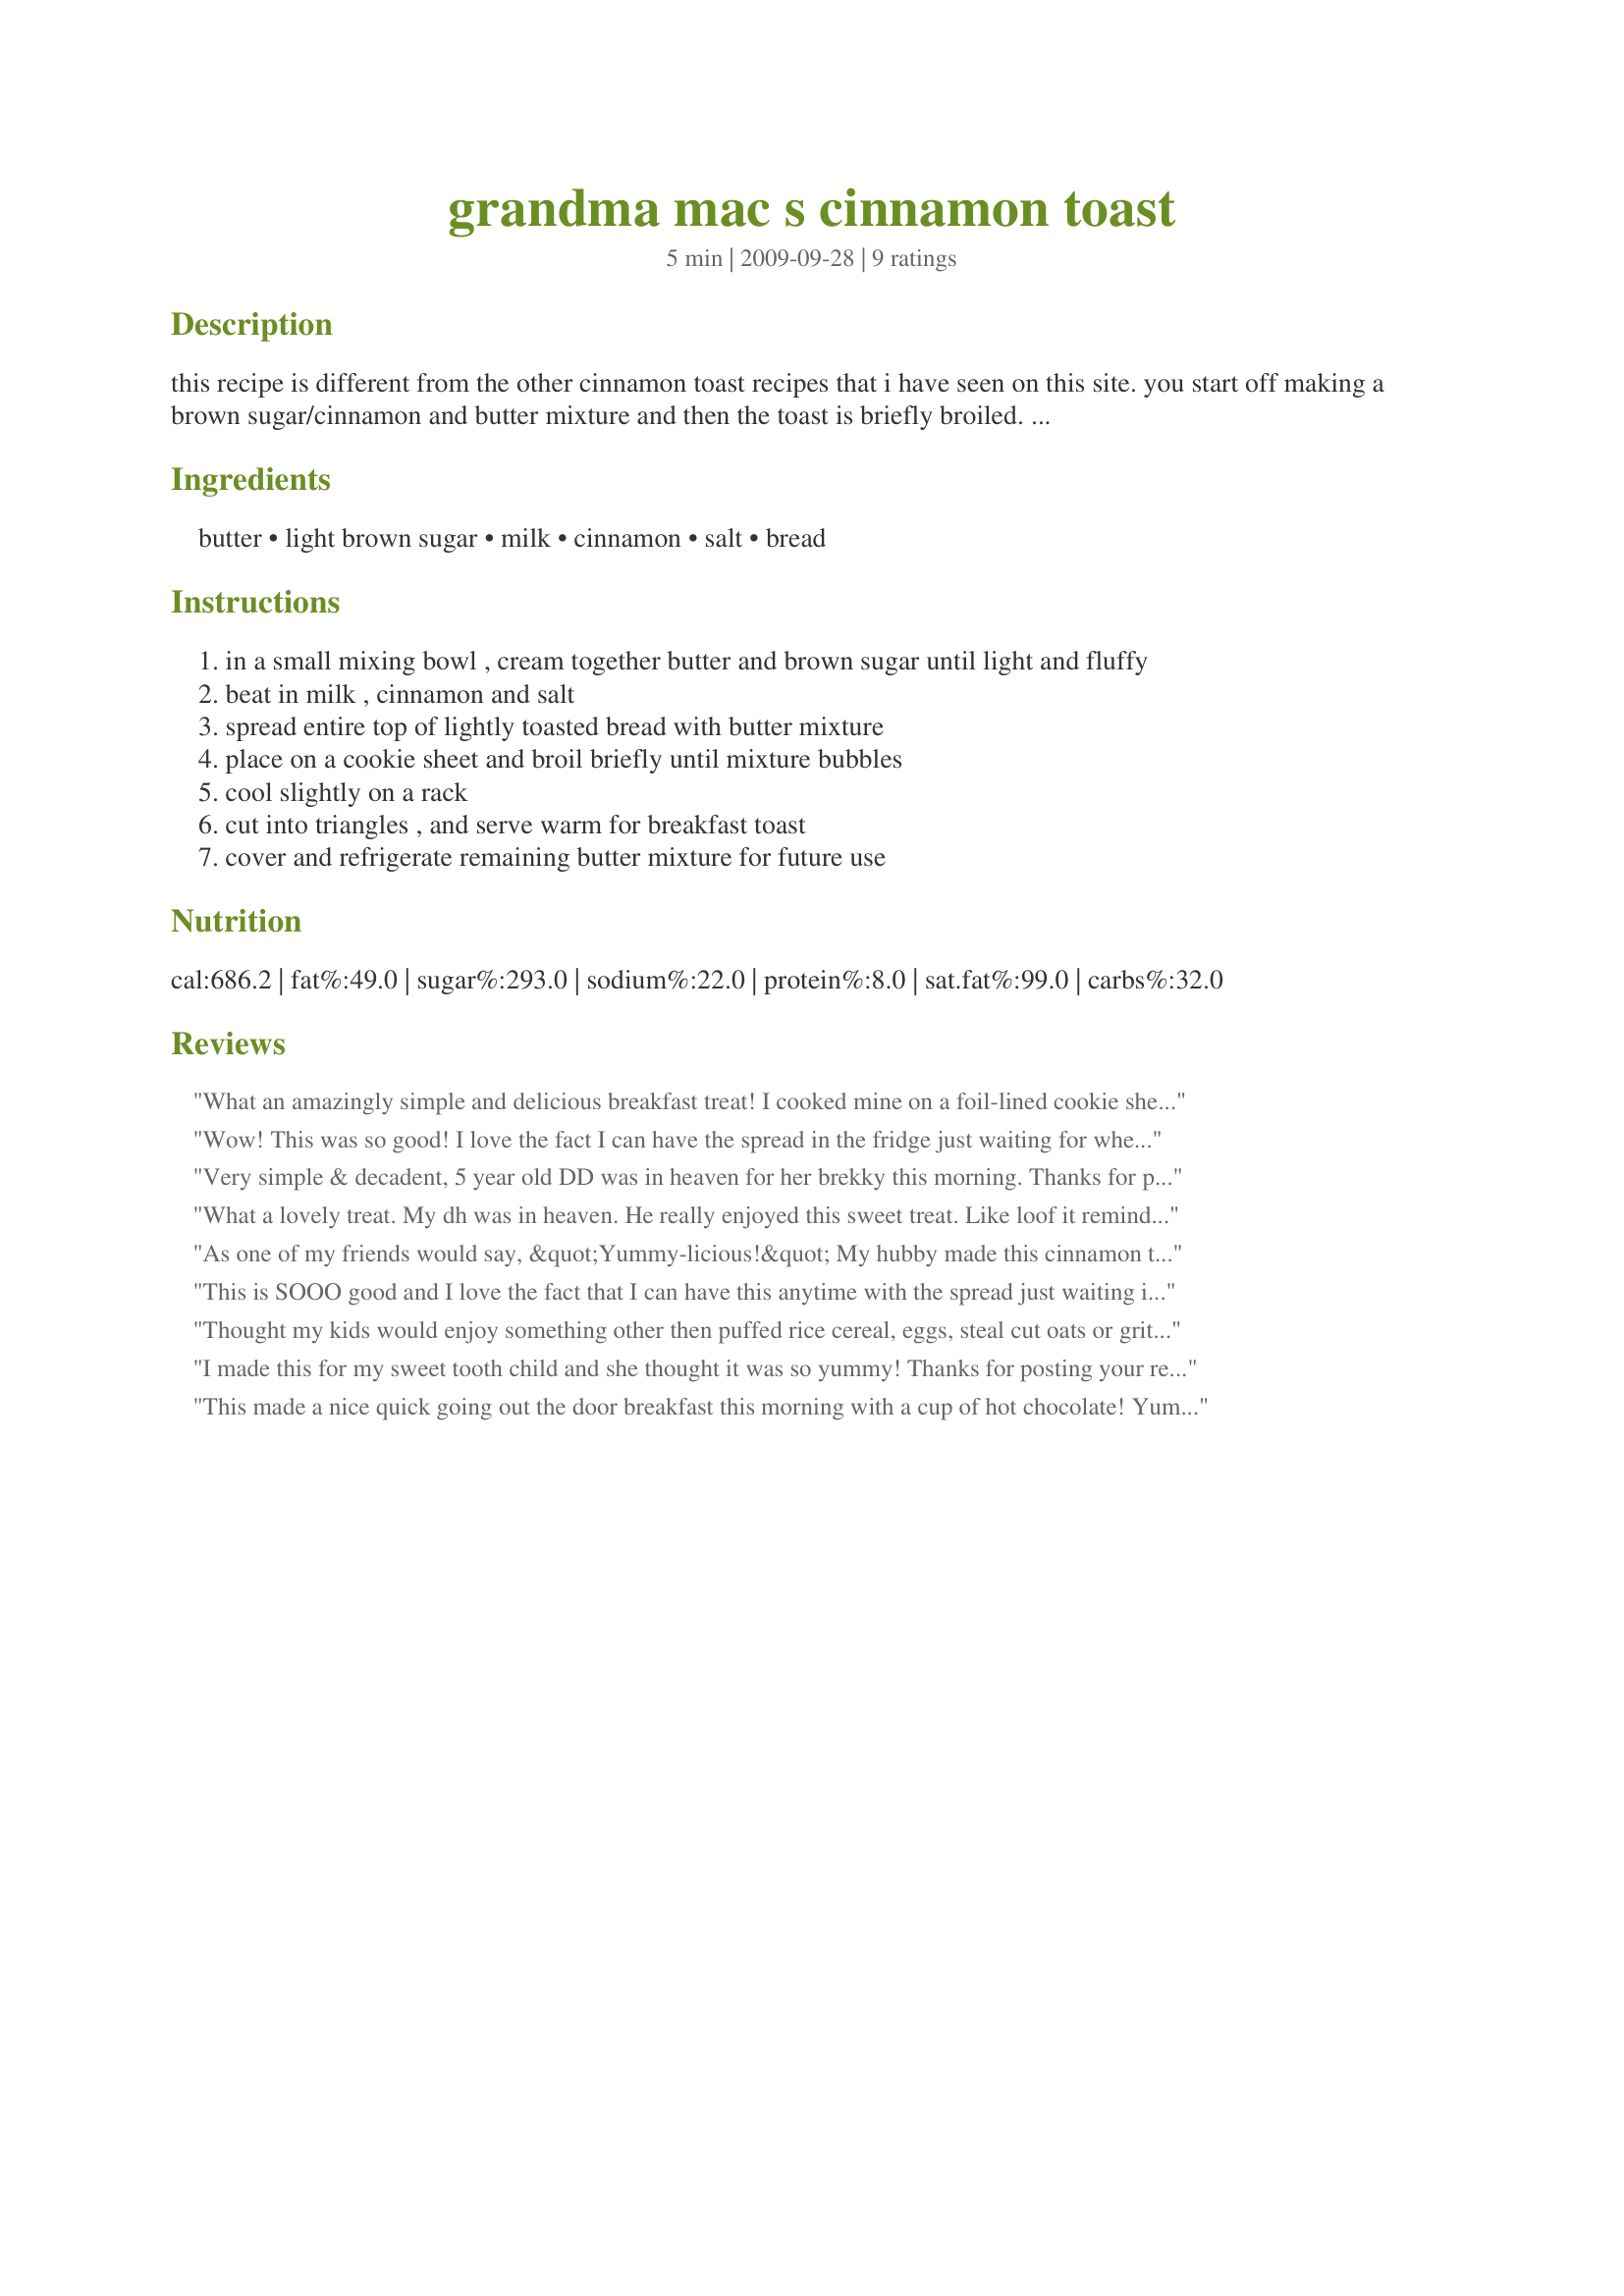
grandma mac s cinnamon toast
Preparation time: 5 minutes

this recipe is different from the other cinnamon toast recipes that i have seen on this site. you start off making a brown sugar/cinnamon and butter mixture and then the toast is briefly broiled. from the best of the best from ohio cookbook.

Ingredients:
butter, light brown sugar, milk, cinnamon, salt, bread

Steps:
in a small mixing bowl , cream together butter and brown sugar until light and fluffy
beat in milk , cinnamon and salt
spread entire top of lightly toasted bread with butter mixture
place on a cookie sheet and broil briefly until mixture bubbles
cool slightly on a rack
cut into triangles , and serve warm for breakfast toast
cover and refrigerate remaining butter mixture for future use

Reviews:
What an amazingly simple and delicious breakfast treat! I cooked mine on a foil-lined cookie sheet for easy cleanup and was careful to spread the topping all the way to the edges of the bread so I wouldn't have any burned spots. I loved that this was made with brown sugar - tasted like a warm sweet and gooey cinnamon roll. Thanks for sharing your recipe!
Wow! This was so good! I love the fact I can have the spread in the fridge just waiting for when I want a quick snack. Not too sweet - can taste the cinnamon, brings back memories of growing up. Thanks for sharing! Made for the Top Favorites of 2009 game.
Very simple & decadent, 5 year old DD was in heaven for her brekky this morning. Thanks for posting!
What a lovely treat. My dh was in heaven. He really enjoyed this sweet treat. Like loof it reminded him of cinnamon rolls. Served with a nice strong mug of coffee it was special indeed. Thanks for sharing.
As one of my friends would say, &quot;Yummy-licious!&quot; My hubby made this cinnamon toast for Sunday morning breakfast, and our family happily gobbled down each morsel like famished beasts. The toast is just the right amount of crunchy with a deeply flavorful cinnamon-butter spread that crisps just slightly when broiled, while keeping the toast slightly moist in the center. For other cooks who may be unfamiliar with the broiling method (like my hubby), I advise to use the lowest heat setting and place the oven rack 10-12 inches from the heat source. Perfect results! Thanks so much, Crafty Lady for sharing your recipe!
This is SOOO good and I love the fact that I can have this anytime with the spread just waiting in the refrigerator. I made this for my daughter's sixteenth birthday breakfast, along with Recipe #240138 Does it get any better than that?
Thought my kids would enjoy something other then puffed rice cereal, eggs, steal cut oats or grits for breakfast that is why I chose this recipe. Let's just say I had 4 very happy campers this morning. I must confess that I made one slight change to the recipe. When I was at the store yesterday, the bakery department was pulling fresh baked loaves of cinnamon bread out of the oven, and I could not resist. I will definitely set this recipe aside as a keeper. It will be great to make for breakfasts after sleepovers! Thanks for sharing your recipe. Made and reviewed for the 54th AUS/NZ Recipe Swap.
I made this for my sweet tooth child and she thought it was so yummy! Thanks for posting your recipe Crafty Lady 13
This made a nice quick going out the door breakfast this morning with a cup of hot chocolate! Yummy, thanks! Made for the Australian swap-Jan. 2011.
